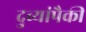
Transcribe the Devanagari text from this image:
दुव्यांपैकी